Lunatic asylums Central Provinces reports 1895-1909 - 1895-1909
Year: 1895
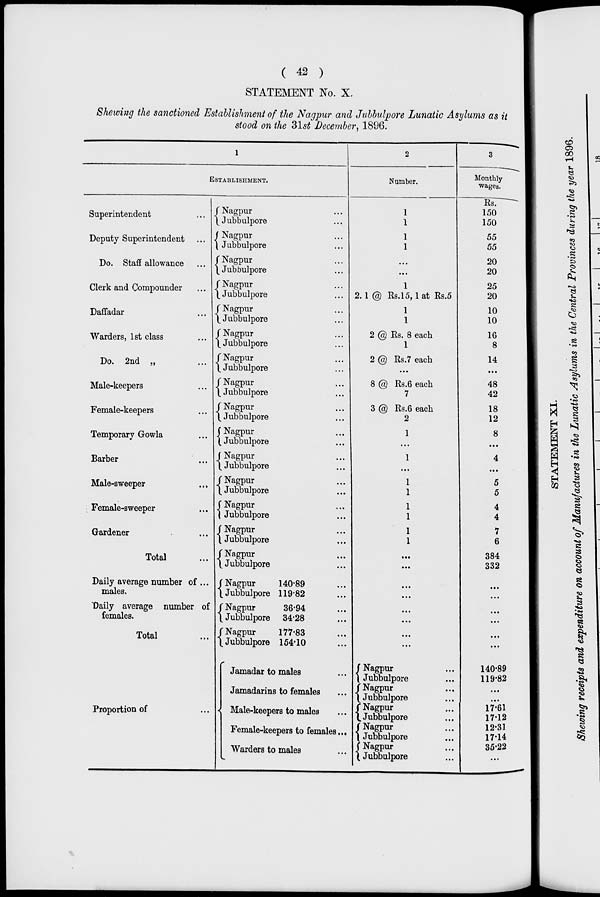
( 42 )
STATEMENT No. X.
Shewing the sanctioned Establishment of the Nagpur and Jubbulpore Lunatic Asylums as it
stood on the 31st December, 1896.
1
ESTABLISHMENT.
Superintendent
...
Deputy Superintendent ...
Do. Staff allowance ...
Clerk and Compounder
...
Daffadar
...
Warders, 1st class
...
Do. 2nd „
...
Male-keepers
...
Female-keepers ...
Temporary Gowla ...
Barber ...
Male-sweeper ...
Female-sweeper
...
Gardener ...
Total ...
Daily average number of...
males.
Daily average number of
females.
Total
Proportion of ...
Nagpur ...
Jubbulpore ...
Nagpur ...
Jubbulpore ...
Nagpur ...
Jubbulpore ...
Nagpur ...
Jubbulpore ...
Nagpur ...
Jubbulpore ...
Nagpur ...
Jubbulpore ...
Nagpur ...
Jubbulpore ...
Nagpur ...
Jubbulpore ...
Nagpur ...
Jubbulpore ...
Nagpur ...
Jubbulpore ...
Nagpur ...
Jubbulpore ...
Nagpur ...
Jubbulpore ...
Nagpur ...
Jubbulpore ...
Nagpur ...
Jubbulpore ...
Nagpur ...
Jubbulpore ...
Nagpur
Jubbulpore
Nagpur
Jubbulpore
Nagpur
Jubbulpore
140.89 ...
119.82 ...
36.94 ...
34.28 ...
177.83 ...
154.10 ...
Jamadar to males ...
Jamadarins to females ...
Male-keepers to males ...
Female-keepers to females...
Warders to males ...
2
Number.
1
1
1
1
...
...
1
2.1 @ Rs.15,1 at Rs.5
1
1
2 @ Rs. 8 each
1
2 @ Rs.7 each
...
8 @ Rs.6 each
7
3 @ Rs.6 each
2
1
...
1
...
1
1
1
1
1
1
...
...
...
...
...
...
...
...
Nagpur ...
Jubbulpore ...
Nagpur ...
Jubbulpore ...
Nagpur ...
Jubbulpore ...
Nagpur ...
Jubbulpore ...
Nagpur ...
Jubbulpore ...
3
Monthly
wages.
Rs.
150
150
55
55
20
20
25
20
10
10
16
8
14
...
48
42
18
12
8
...
4
...
5
5
4
4
7
6
384
332
...
...
...
...
...
...
140.89
119.82
...
...
17.61
17.12
12.31
17.14
35.22
...